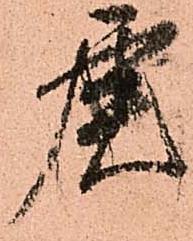
虎